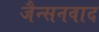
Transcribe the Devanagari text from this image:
जैन्सनवाद